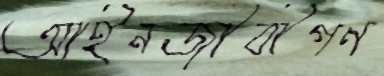
আইনজীবীগণ